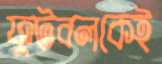
ফুটবলকেই